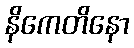
နိကေတိနော